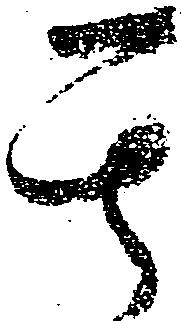
其